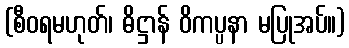
(စီဝရမဟုတ်၊ ဓိဋ္ဌာန် ဝိကပ္ပနာ မပြုအပ်။)